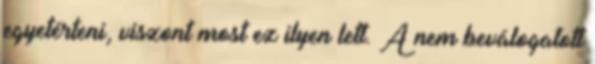
egyetérteni, viszont most ez ilyen lett. A nem beválogatott